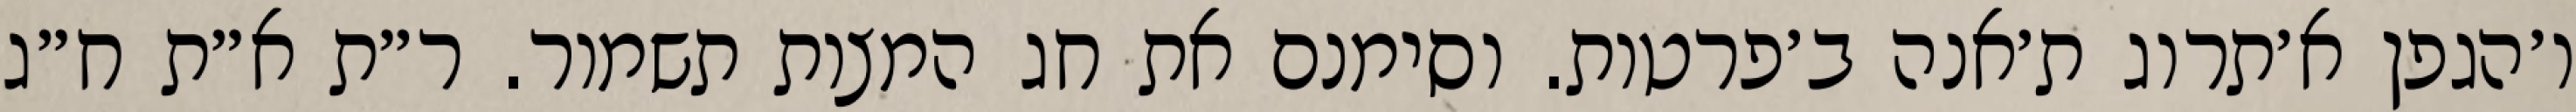
ו׳הגפן א׳תרוג ת׳אנה ב׳פרטות. וסימנם את חג המצות תשמור. ר״ת א״ת ח״ג